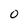
Character: 0